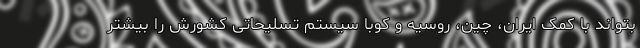
بتواند با کمک ایران، چین، روسیه و کوبا سیستم تسلیحاتی کشورش را بیشتر